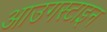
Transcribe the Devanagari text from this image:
आउगस्टाइन